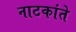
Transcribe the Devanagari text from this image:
नाटकांते